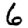
Digit: 6